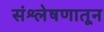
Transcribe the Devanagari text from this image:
संश्लेषणातून